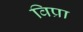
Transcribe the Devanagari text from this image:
विप्रा